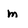
Character: m